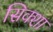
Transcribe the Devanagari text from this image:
सिक्शा